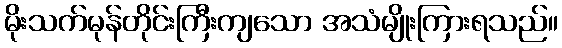
မိုးသက်မုန်တိုင်းကြီးကျသော အသံမျိုးကြားရသည်။